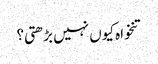
تنخواہ کیوں نہیں بڑھتی؟